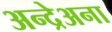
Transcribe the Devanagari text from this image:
अन्द्रेअना